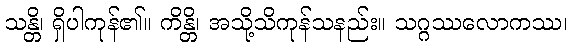
သန္တိ၊ ရှိပါကုန်၏။ ကိန္တိ၊ အသို့သိကုန်သနည်း။ သဂ္ဂဿလောကဿ၊